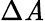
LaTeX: \Delta\mathit{A}